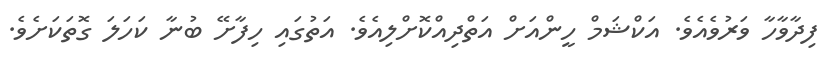
ފިދާވާހާ ވަރުވެއެވެ. އަކްޝަމް ހީންއަށް އަތްދިއްކޮށްލިއެވެ. އަތުގައި ހިފާށޭ ބުނާ ކަހަލަ ގޮތަކަށެވެ.